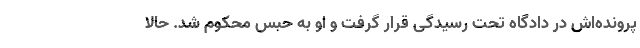
پرونده‌اش در دادگاه تحت رسیدگی قرار گرفت و او به حبس محکوم شد. حالا